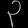
Digit: ၃